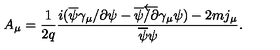
A _ { \mu } = \frac { 1 } { 2 q } \frac { i ( \overline { { \psi } } \gamma _ { \mu } \slash { \partial } \psi - \overline { { \psi } } \overleftarrow { \slash { \partial } } \gamma _ { \mu } \psi ) - 2 m j _ { \mu } } { \overline { { \psi } } \psi } .